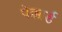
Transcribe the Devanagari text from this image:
पेक्कार्ड